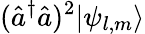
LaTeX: (\hat{a}^{\dagger}\hat{a})^{2}|\psi_{l,m}\rangle